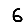
Digit: 6